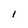
Character: I